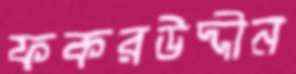
ফকরউদ্দীন